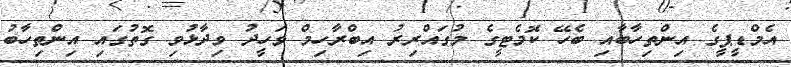
އެމްޑީޕީގެ އިންތިހާބާއި ބެހޭ ކޮމެޓީގެ މުގައްރިރު އިބްރާހިމް ވަހީދު ވިދާޅުވި ގޮތުގައި އިންތިހާބު